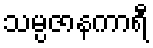
သမ္ပဇာနကာရီ